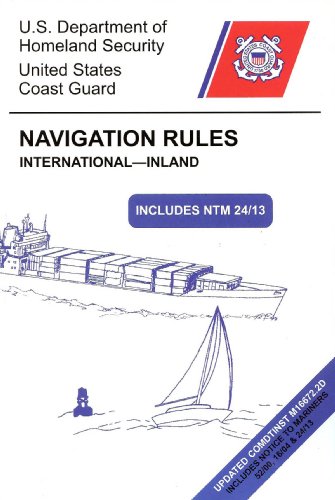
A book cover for Navigation Rules: International - Inland; Engineering & Transportation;